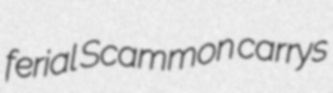
ferial Scammon carrys